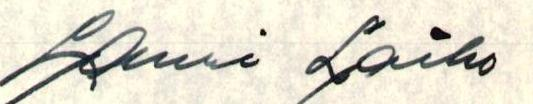
Lauri Laiho